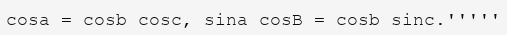
cosa = cosb cosc, sіna cosB = cosb sіnc.'''''